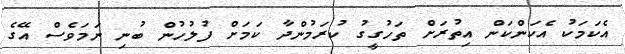
އެކަމަކު އެކަންކަން އިތުރަށް ތަހުގީގު ކުރަމުންދާ ކަމަށް ފުލުހުން ބުނި ނަމަވެސް އޭގެ